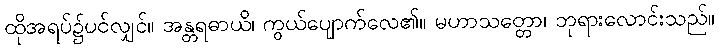
ထိုအရပ်၌ပင်လျှင်။ အန္တရဓာယိ၊ ကွယ်ပျောက်လေ၏။ မဟာသတ္တော၊ ဘုရားလောင်းသည်။